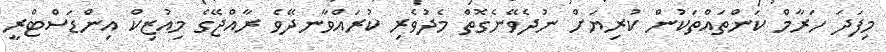
މިފަދަ ހަރާމް ކަންތައްތަކުން ކުރިޔަށް ނުދެވޭނެގޮތް މެދުވެރި ކުރައްވާނދޭވެ ރާއްޖޭގެ މިއުޒިކް އިންޑަސްޓްރީ